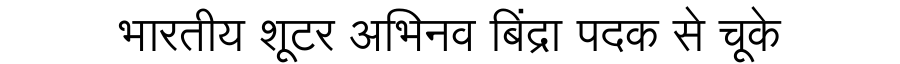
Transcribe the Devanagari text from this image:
भारतीय शूटर अभिनव बिंद्रा पदक से चूके